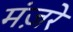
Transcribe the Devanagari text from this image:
मंज़रे